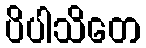
ပိပါသိတေ